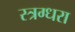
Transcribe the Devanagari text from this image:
स्त्रग्धरा